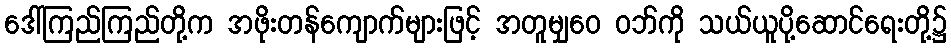
ဒေါ်ကြည်ကြည်တို့က အဖိုးတန်ကျောက်များဖြင့် အတူမျှဝေ ဝဘ်ကို သယ်ယူပို့ဆောင်ရေးတို့၌